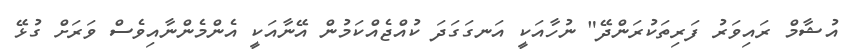
އުޝާމް ރައިވަރު ފަރިތަކުރަންދޭ" ނުހާއަކީ އަނގަގަދަ ކުއްޖެއްކަމުން އޭނާއަކީ އެންމެންނާއިވެސް ވަރަށް ގުޅޭ